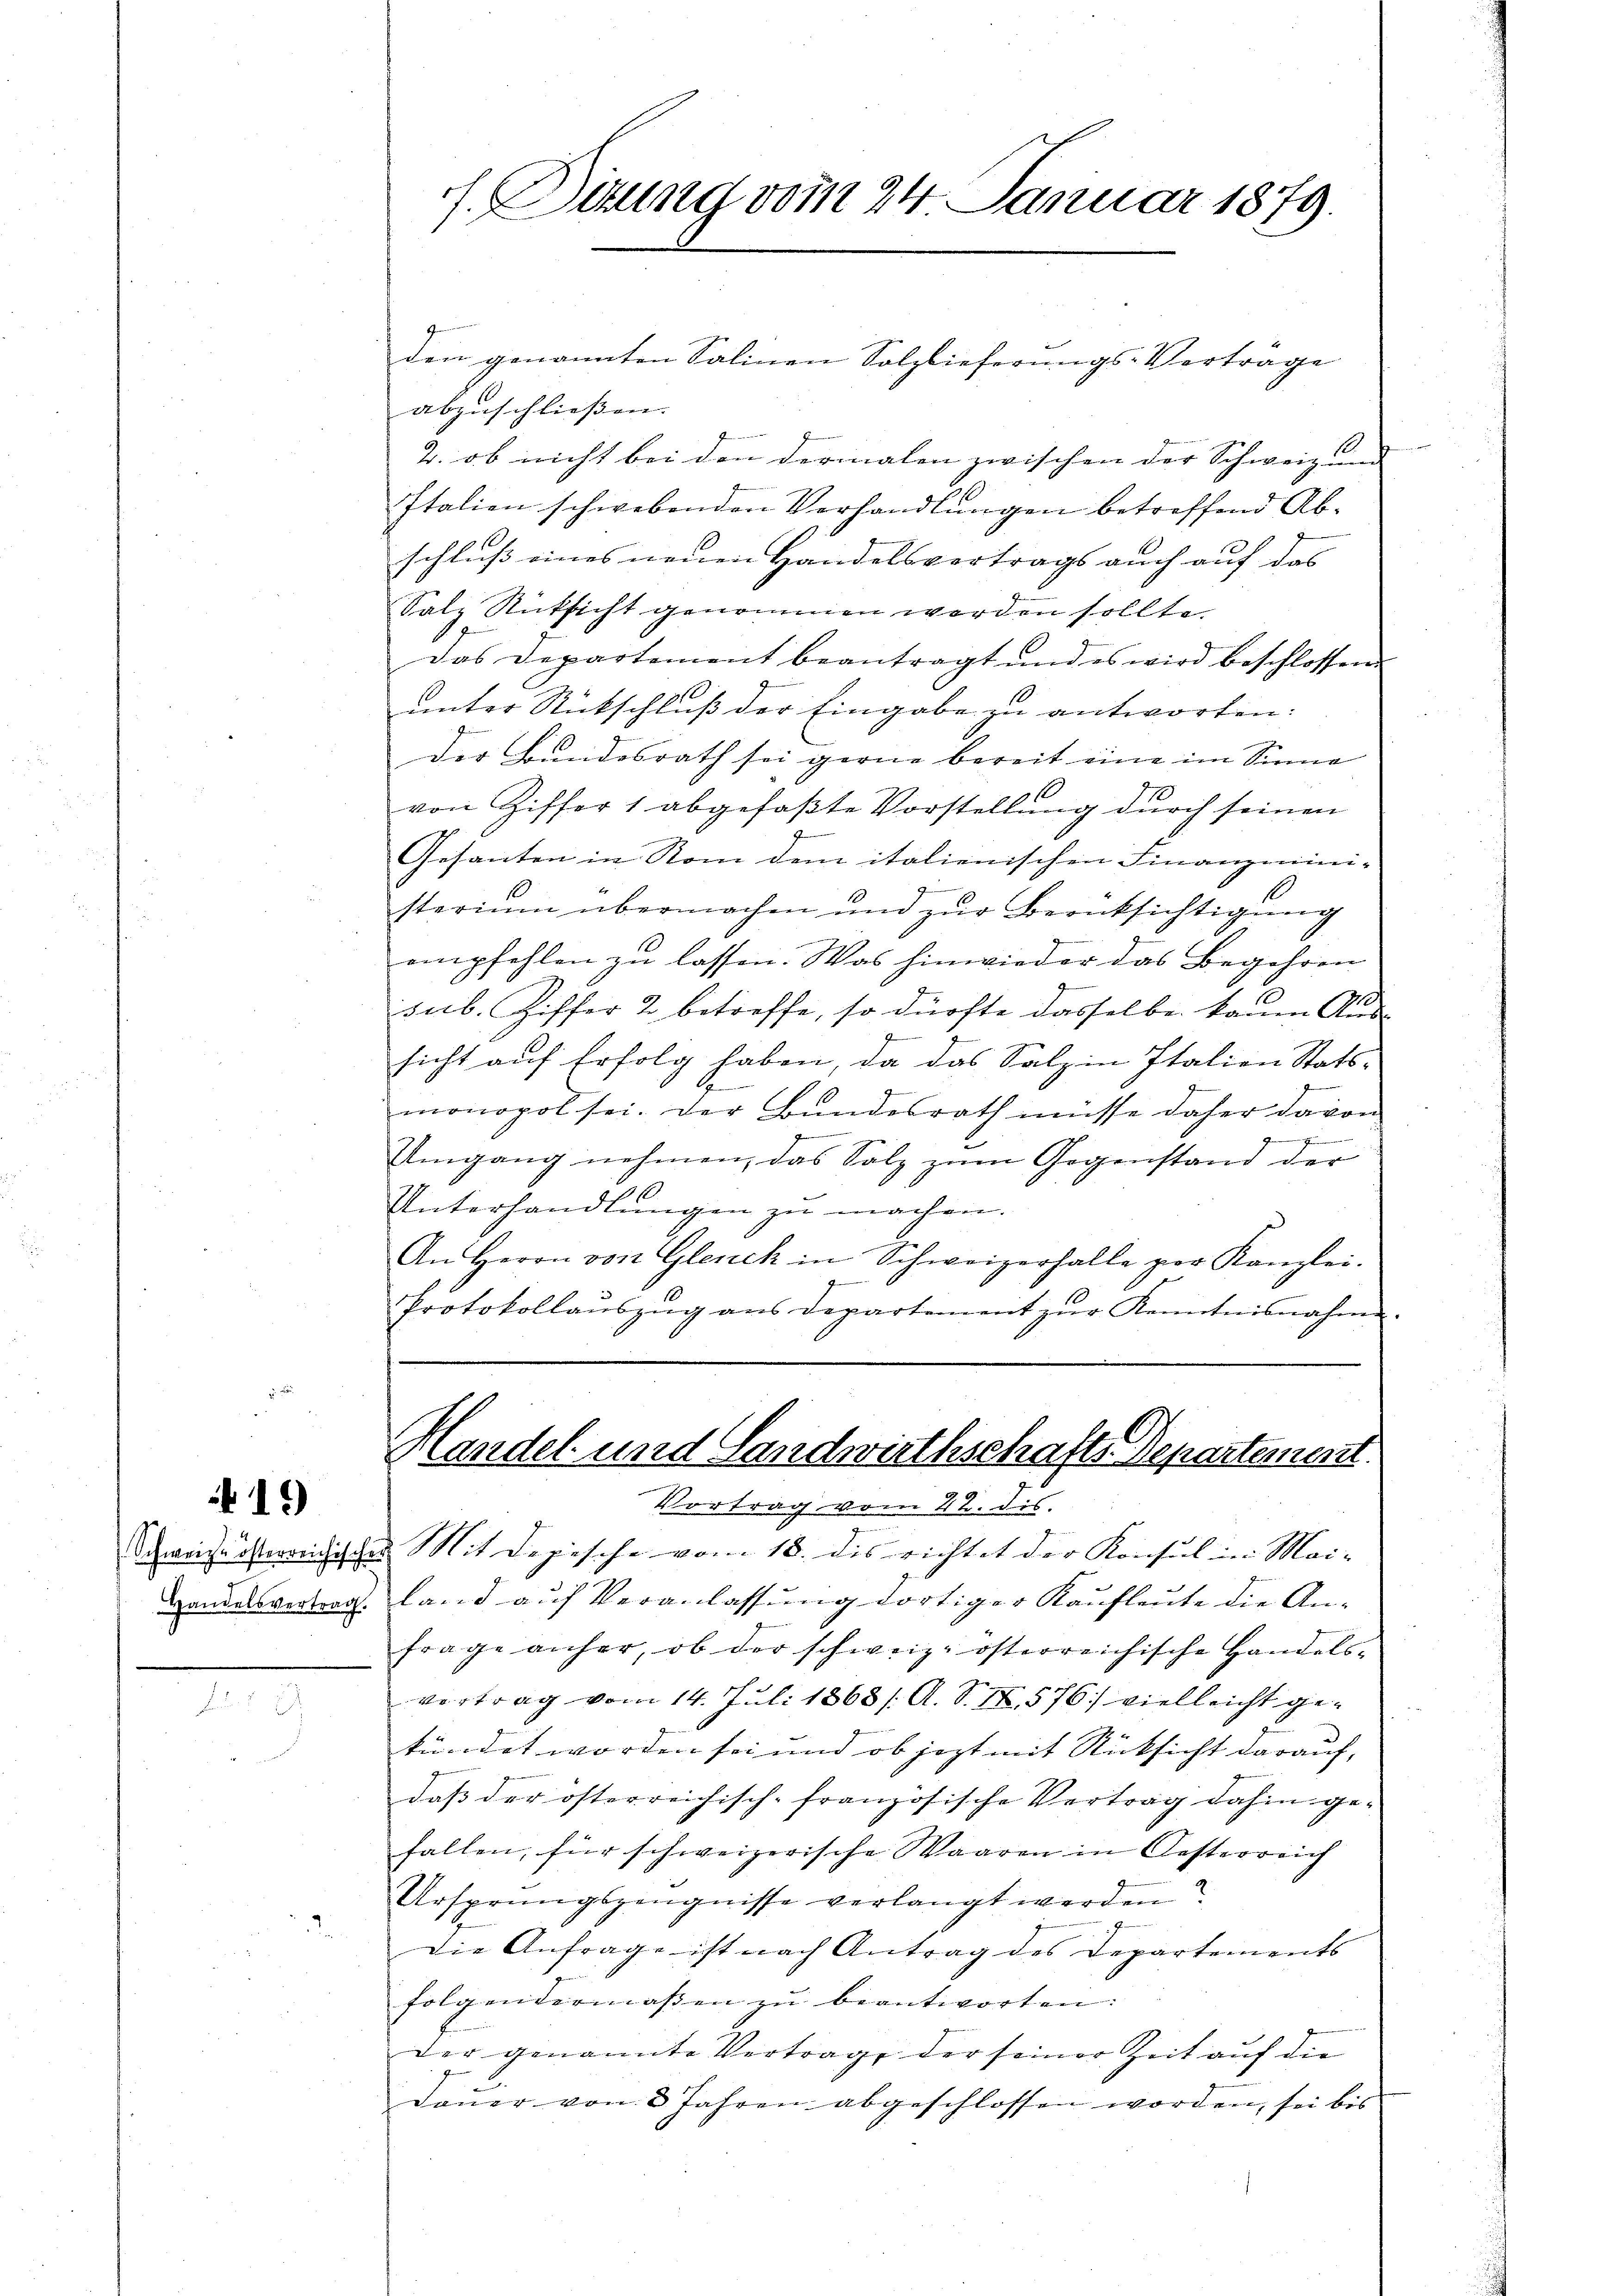
19

abzuschließen.
2. ob nicht bei den dermalen zwischen der Schweiz und |
Italien schwebenden Verhandlungen betreffend Abschluss eines neuen Handelsvertrags auch auf das
Salz Rücksicht genommen worden sollte.
Das Departement beantragt und es wird beschlossen
unter Rückschluß der Eingabe zu antworten:
der Bundesrath sei gerne bereit eine im Sinne
von Ziffer 1 abgefaβte Vorstellŭng dŭrch seinen
Gesanten in Rom dem italienischen Finanzmini-
19
1
f
sterium übermachen und zur Berüksichtigung
empfehlen zu lassen. Was hinwieder das Begehren
sub. Ziffer 2 betreffe, so dürfte dasselbe kaum Abs
sicht auf Erfolg haben, da das Salz in Italien Statsmonopol sei. Der Bundesrath müsse daher davon

e
e
Umgang nehmen, das Salz zum Gegenstand der
Unterhandlungen zu machen.
An Herrn von Gleich in Schweizerhalle per Kanzlei.
.
7.
Protokollaŭszŭg ans departement zŭr Kenntnisnahme.

f. Ditung vom 24. Januar 1879.

den genannten Salinen Solzlieferungs-Verträge

Handel und Landwirthschafts-Departement.
Vortrag vom 22. dis

Schweize österrenische Mit Depesche vom 18. des richtet der Konsul in Mai-
Handelsvertrag. Land auf Veranlassung dortiger Kaufleute die Anfrage anher, ob der schweiz. österreichische Handelsvortrag vom 14. Juli 1868 / A. S. IX,576: vielleicht gekündet worden sei und ob jezt mit Rücksicht darauf, |
daß der österreichisch-französische Vertrag dahin gefallen, für schweizerische Waaren in Oesterreich
Ursprungszeugnisse verlangt werden?
Die Anfrage ist nach Antrag des Departements
folgendermassen zŭ beantworten:
der genannte Vertrage der seiner Zeit auf die
Dauer von 8 Jahren abgeschlossen worden, sei bis